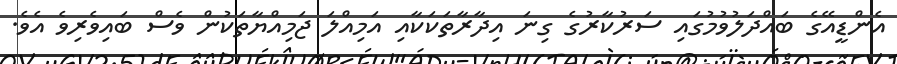
އެންޑީއޭގެ ބައްދަލުވުމުގައި ސަރުކާރުގެ ގިނަ އިދާރާތަކަކާއި އަމިއްލަ ޖަމިއްޔާތަކުން ވެސް ބައިވެރިވެ އެވެ.